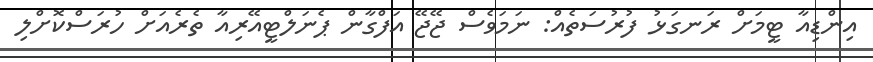
އިންޑިއާ ޓީމަށް ރަނގަޅު ފުރުސަތެއް: ނަމަވެސް ޖޭޖޭ އަފްގާން ޕެނަލްޓީއޭރިއާ ތެރެއަށް ހުރަސްކޮށްލި